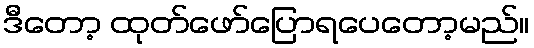
ဒီတော့ ထုတ်ဖော်ပြောရပေတော့မည်။